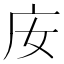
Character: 𢇘